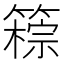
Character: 䉘